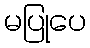
မပြုပေ